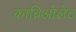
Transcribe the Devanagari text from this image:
काब्रिओलेट